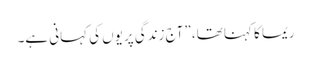
ریما کا کہنا تھا، ”آج زندگی پریوں کی کہانی ہے۔